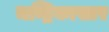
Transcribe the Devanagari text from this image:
चन्द्रिकासार